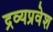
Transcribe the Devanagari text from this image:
द्रव्यप्रवेश